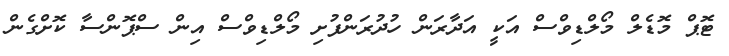
ޓޮޕް މޮޑެލް މޯލްޑިވްސް އަކީ އަދާރަން ހުދުރަންފުށި މޯލްޑިވްސް އިން ސްޕޮންސާ ކޮށްގެން